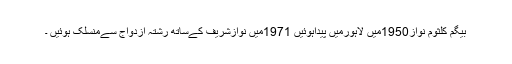
بیگم کلثوم نواز1950میں لاہورمیں پیداہوئیں 1971میں نوازشریف کےساتھ رشتہ ازدواج سےمنسلک ہوئیں ۔